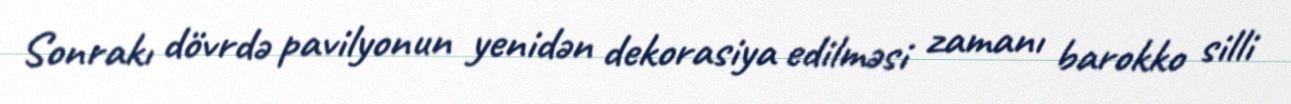
Sonrakı dövrdə pavilyonun yenidən dekorasiya edilməsi zamanı barokko silli